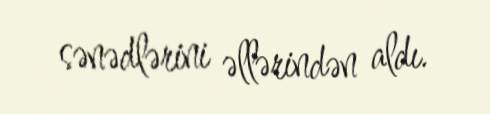
sənədlərini əllərindən aldı.